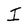
Character: I